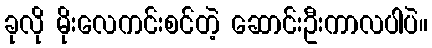
ခုလို မိုးလေကင်းစင်တဲ့ ဆောင်းဦးကာလပါပဲ။